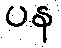
ပန